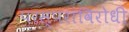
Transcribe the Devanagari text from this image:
परस्परांविरोधी